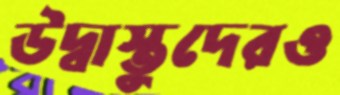
উদ্বাস্তুদেরও